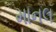
માનલ